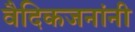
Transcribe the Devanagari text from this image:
वैदिकजनांनी